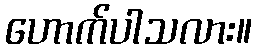
ဟောက်ပါသလား။